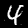
Digit: 4